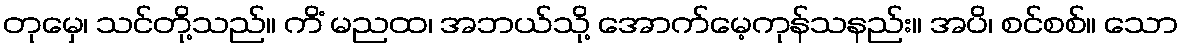
တုမှေ၊ သင်တို့သည်။ ကိံ မညထ၊ အဘယ်သို့ အောက်မေ့ကုန်သနည်း။ အပိ၊ စင်စစ်။ သော